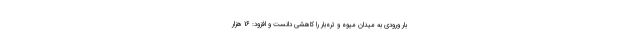
بار ورودی به میدان میوه و تره‌بار را کاهشی دانست و افزود: 16 هزار